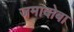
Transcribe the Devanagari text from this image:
जमादोबा